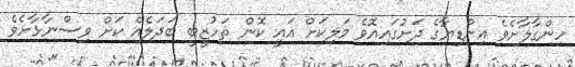
ހިންގާލާށެވެ އިންޑިޔާގެ ދަށުގައިއޮވެ މަލިކަށް އައީ ކޮން ތަހުޒީބީ ބަދަލެއް ކަށް ވިސްނާޅާށެވެ